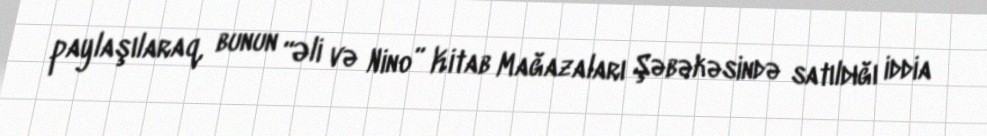
paylaşılaraq, bunun “Əli və Nino” Kitab Mağazaları Şəbəkəsində satıldığı iddia